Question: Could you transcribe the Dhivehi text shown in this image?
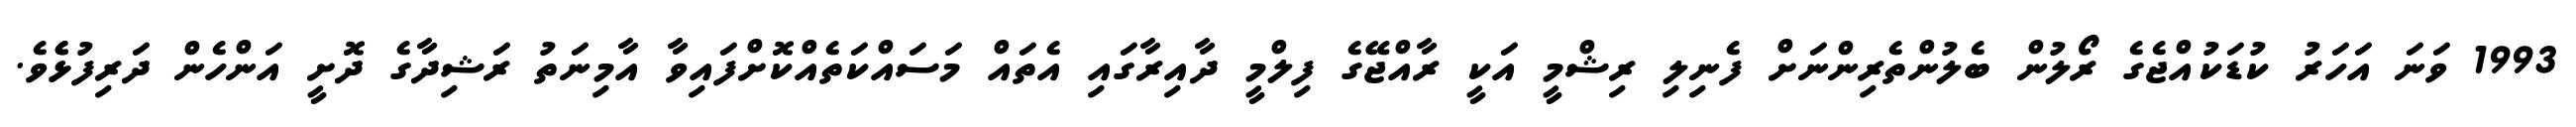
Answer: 1993 ވަނަ އަހަރު ކުޑަކުއްޖެގެ ރޯލުން ބެލުންތެރިންނަށް ފެނިލި ރިޝްމީ އަކީ ރާއްޖޭގެ ފިލްމީ ދާއިރާގައި އެތައް މަސައްކަތެއްކޮށްފައިވާ އާމިނަތު ރަޝިދާގެ ދޮށީ އަންހެން ދަރިފުޅެެވެ.